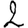
Digit: 2